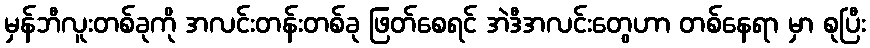
မှန်ဘီလူးတစ်ခုကို အလင်းတန်းတစ်ခု ဖြတ်စေရင် အဲဒီအလင်းတွေဟာ တစ်နေရာ မှာ စုပြီး